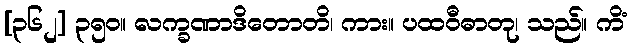
[၃၆၂] ၃၅၀။ လက္ခဏာဒိတောတိ၊ ကား။ ပထဝီဓာတု၊ သည်။ ကိံ